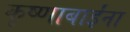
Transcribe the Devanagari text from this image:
कृष्णाबाईंना